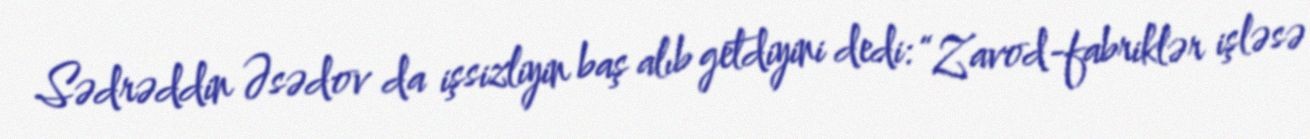
Sədrəddin Əsədov da işsizliyin baş alıb getdiyini dedi: “Zavod-fabriklər işləsə